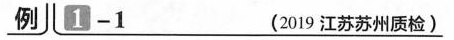
例 \underline{1-1 (2019江苏苏州质检）}